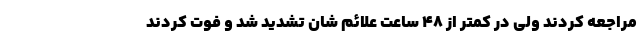
مراجعه کردند ولی در کمتر از ۴۸ ساعت علائم شان تشدید شد و فوت کردند